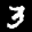
Label: 3